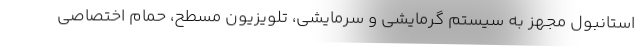
استانبول مجهز به سیستم گرمایشی و سرمایشی، تلویزیون مسطح، حمام اختصاصی